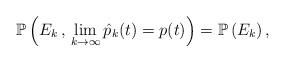
LaTeX: \begin{align*}\mathbb{P}\left (E_k \, , \, \lim_{k\rightarrow\infty}\hat p_k(t) =p(t)\right )=\mathbb{P}\left (E_k \right ),\end{align*}